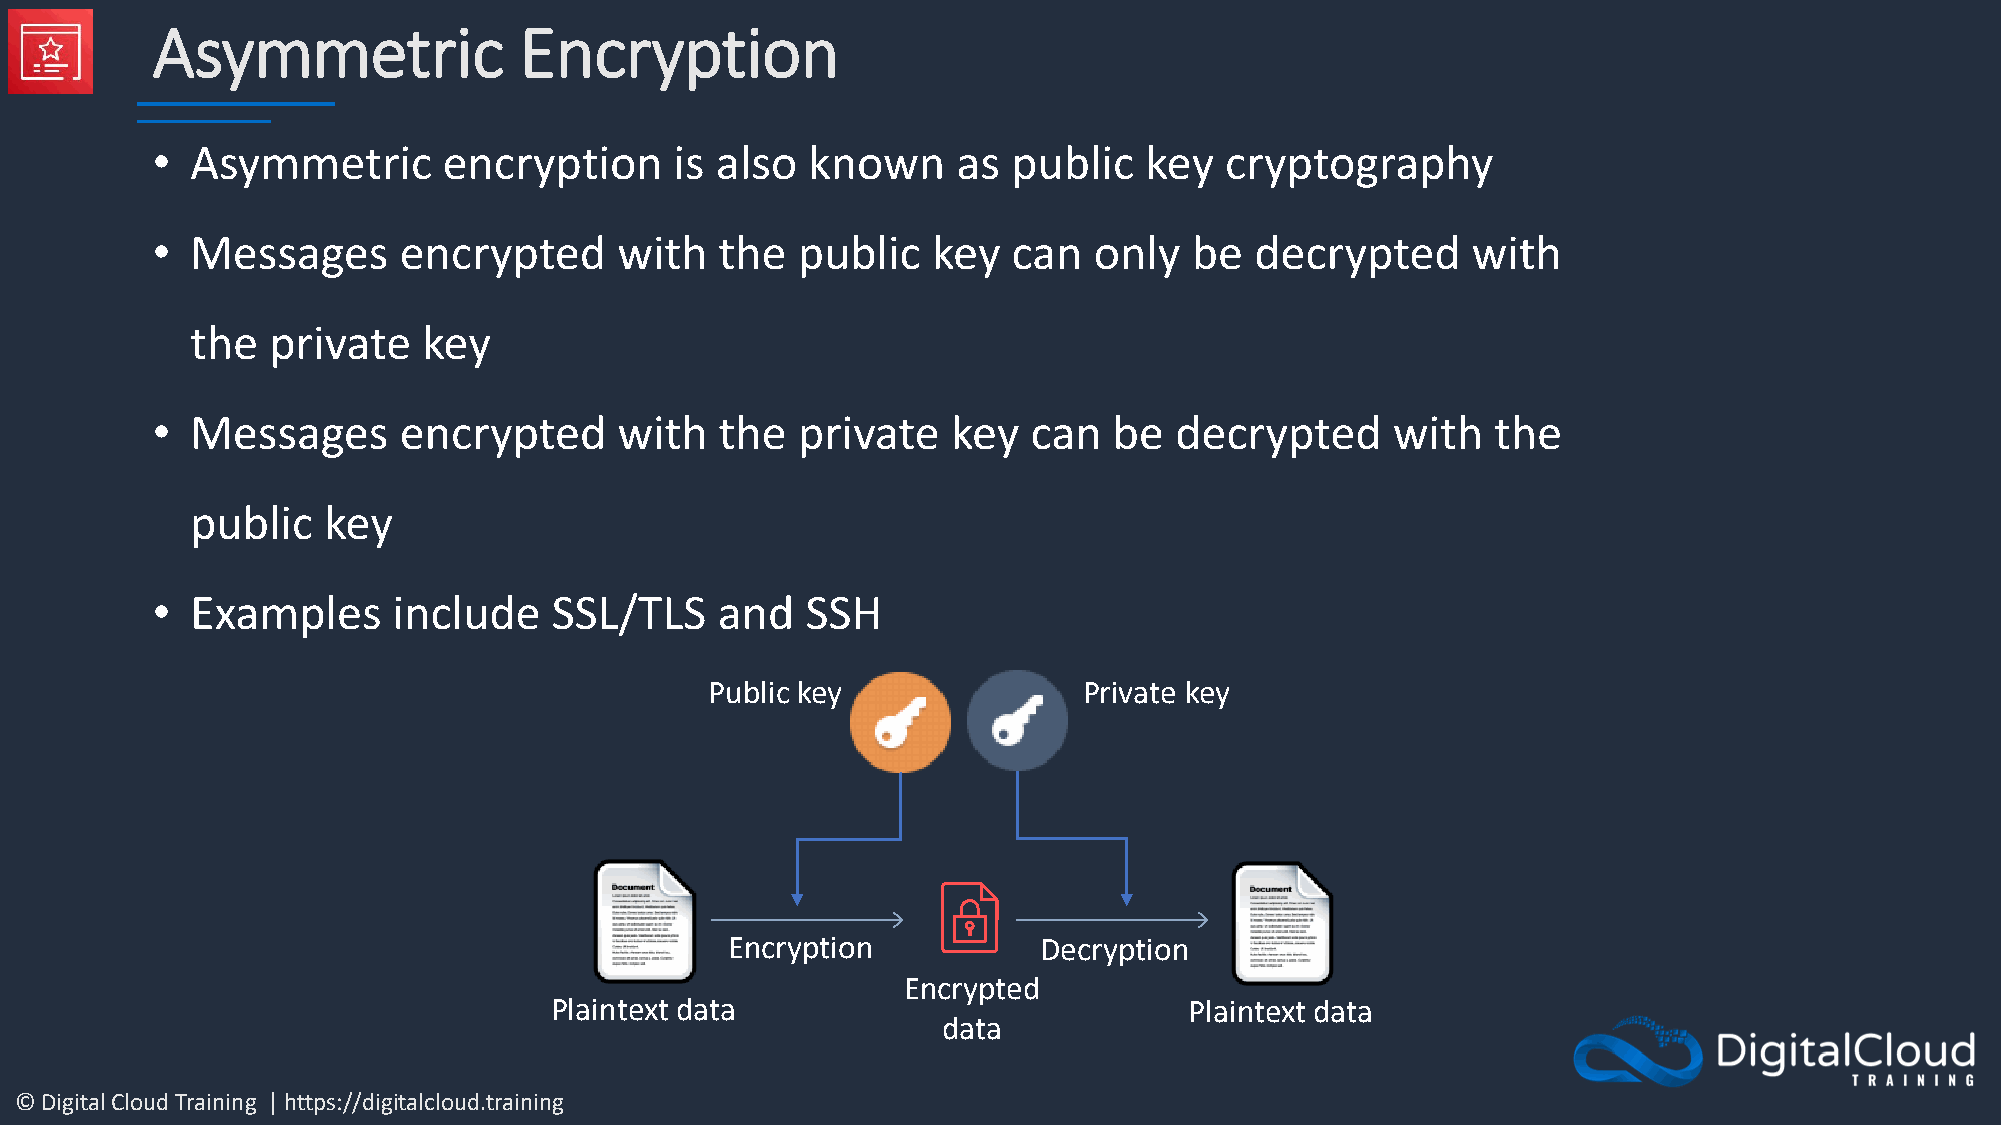
Asymmetric              Encryption
 •  Asymmetric      encryption      is also known     as  public   key  cryptography
 •  Messages     encrypted      with   the  public   key  can  only   be  decrypted     with
 the  private   key
 •  Messages     encrypted      with   the  private   key  can   be  decrypted     with   the
 public  key
 •  Examples     include    SSL/TLS   and   SSH
 Public key               Private key
 Encryption           Decryption
 Encrypted
 Plaintext data                             Plaintext data
 data
 © Digital Cloud Training | https://digitalcloud.training